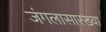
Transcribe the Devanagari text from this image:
जंगलासारख्या